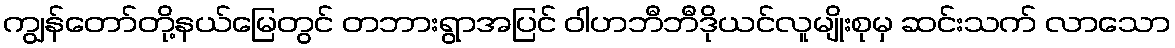
ကျွန်တော်တို့နယ်မြေတွင် တဘားရွာအပြင် ဝါဟဘီဘီဒိုယင်လူမျိုးစုမှ ဆင်းသက် လာသော